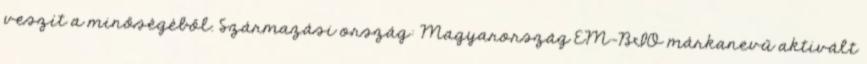
veszít a minőségéből. Származási ország: Magyarország EM-BIO márkanevű aktivált